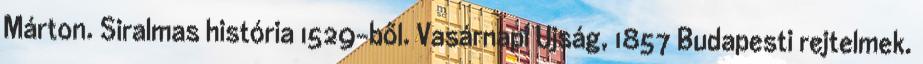
Márton. Siralmas história 1529-ből. Vasárnapi Ujság, 1857 Budapesti rejtelmek.